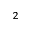
^ 2